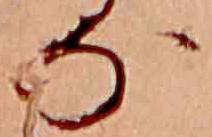
な